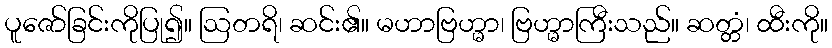
ပူဇော်ခြင်းကိုပြု၍။ ဩတရိ၊ ဆင်း၏။ မဟာဗြဟ္မာ၊ ဗြဟ္မာကြီးသည်။ ဆတ္တံ၊ ထီးကို။